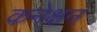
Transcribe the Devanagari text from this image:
कनेक्षन